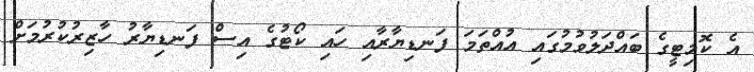
އެ ކޮމިޓީގެ ބައްދަލުވުމުގައި އުއްތަމަ ފަނޑިޔާރާއި ހައި ކޯޓުގެ އިސް ފަނޑިޔާރު ހާޒިރުކުރުމަށް